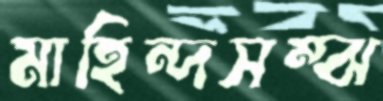
মাহিন্দসম্‌ঝ